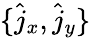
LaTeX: \{ \hat{j}_{x},\hat{j}_{y}\}